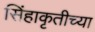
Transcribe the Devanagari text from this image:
सिंहाकृतीच्या